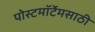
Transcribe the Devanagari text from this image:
पोस्टमॉर्टेमसाठी